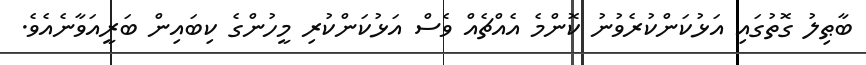
ބާޠިލު ގޮތުގައި އަޅުކަންކުރެވުނު ކޮންމެ އެއްޗެއް ވެސް އަޅުކަންކުރި މީހުންގެ ކިބައިން ބަރީއަވާނެއެވެ.